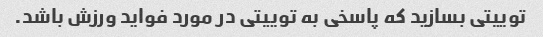
توییتی بسازید که پاسخی به توییتی در مورد فواید ورزش باشد.